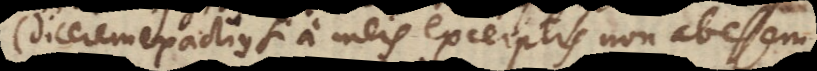
dicerem exactius si a meis excerptis non abessem